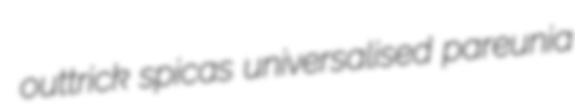
outtrick spicas universalised pareunia